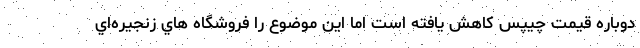
دوباره قيمت چيپس كاهش يافته است اما اين موضوع را فروشگاه هاي زنجيره‌اي